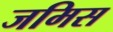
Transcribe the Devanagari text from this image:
जमिस